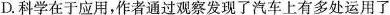
D.科学在于应用，作者通过观察发现了汽车上有多处运用了